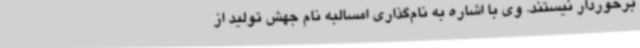
برخوردار نیستند. وی با اشاره به نام‌گذاری امسالبه نام جهش تولید از